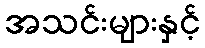
အသင်းများနှင့်